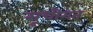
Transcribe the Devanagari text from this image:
सूचीगत